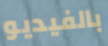
بالفيديو